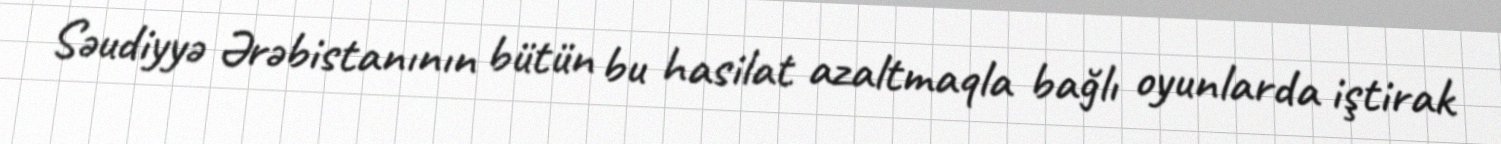
Səudiyyə Ərəbistanının bütün bu hasilat azaltmaqla bağlı oyunlarda iştirak